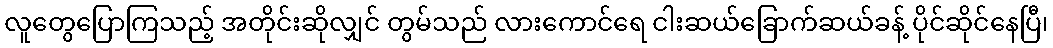
လူတွေပြောကြသည့် အတိုင်းဆိုလျှင် တွမ်သည် လားကောင်ရေ ငါးဆယ်ခြောက်ဆယ်ခန့် ပိုင်ဆိုင်နေပြီ၊